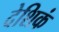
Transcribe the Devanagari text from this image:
देशिकं